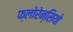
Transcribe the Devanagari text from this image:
फ्लोरेन्सियो